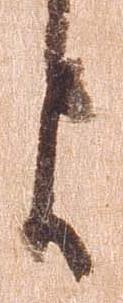
よ